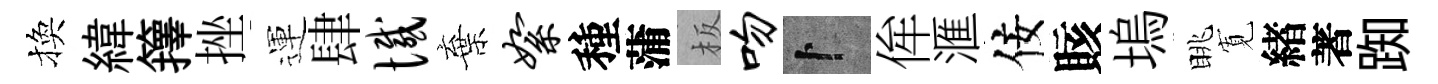
換緯籜挫運肆憾棄絮種蒲板吻卜侔滙佞賅塢眺𡩖緖著踟